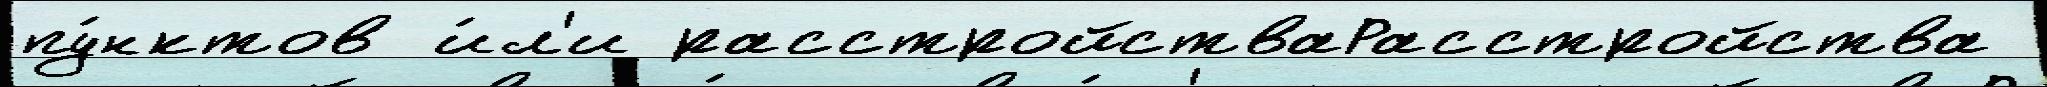
пу́нктов и́л'и расстройстваРасстройства